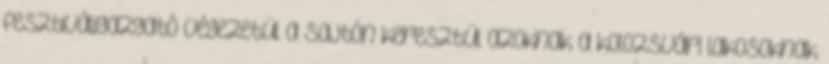
fesztiváligazgató végezetül a sajtón keresztül azoknak a kolozsvári lakosoknak